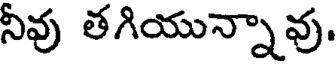
నీవు తగియున్నావు.